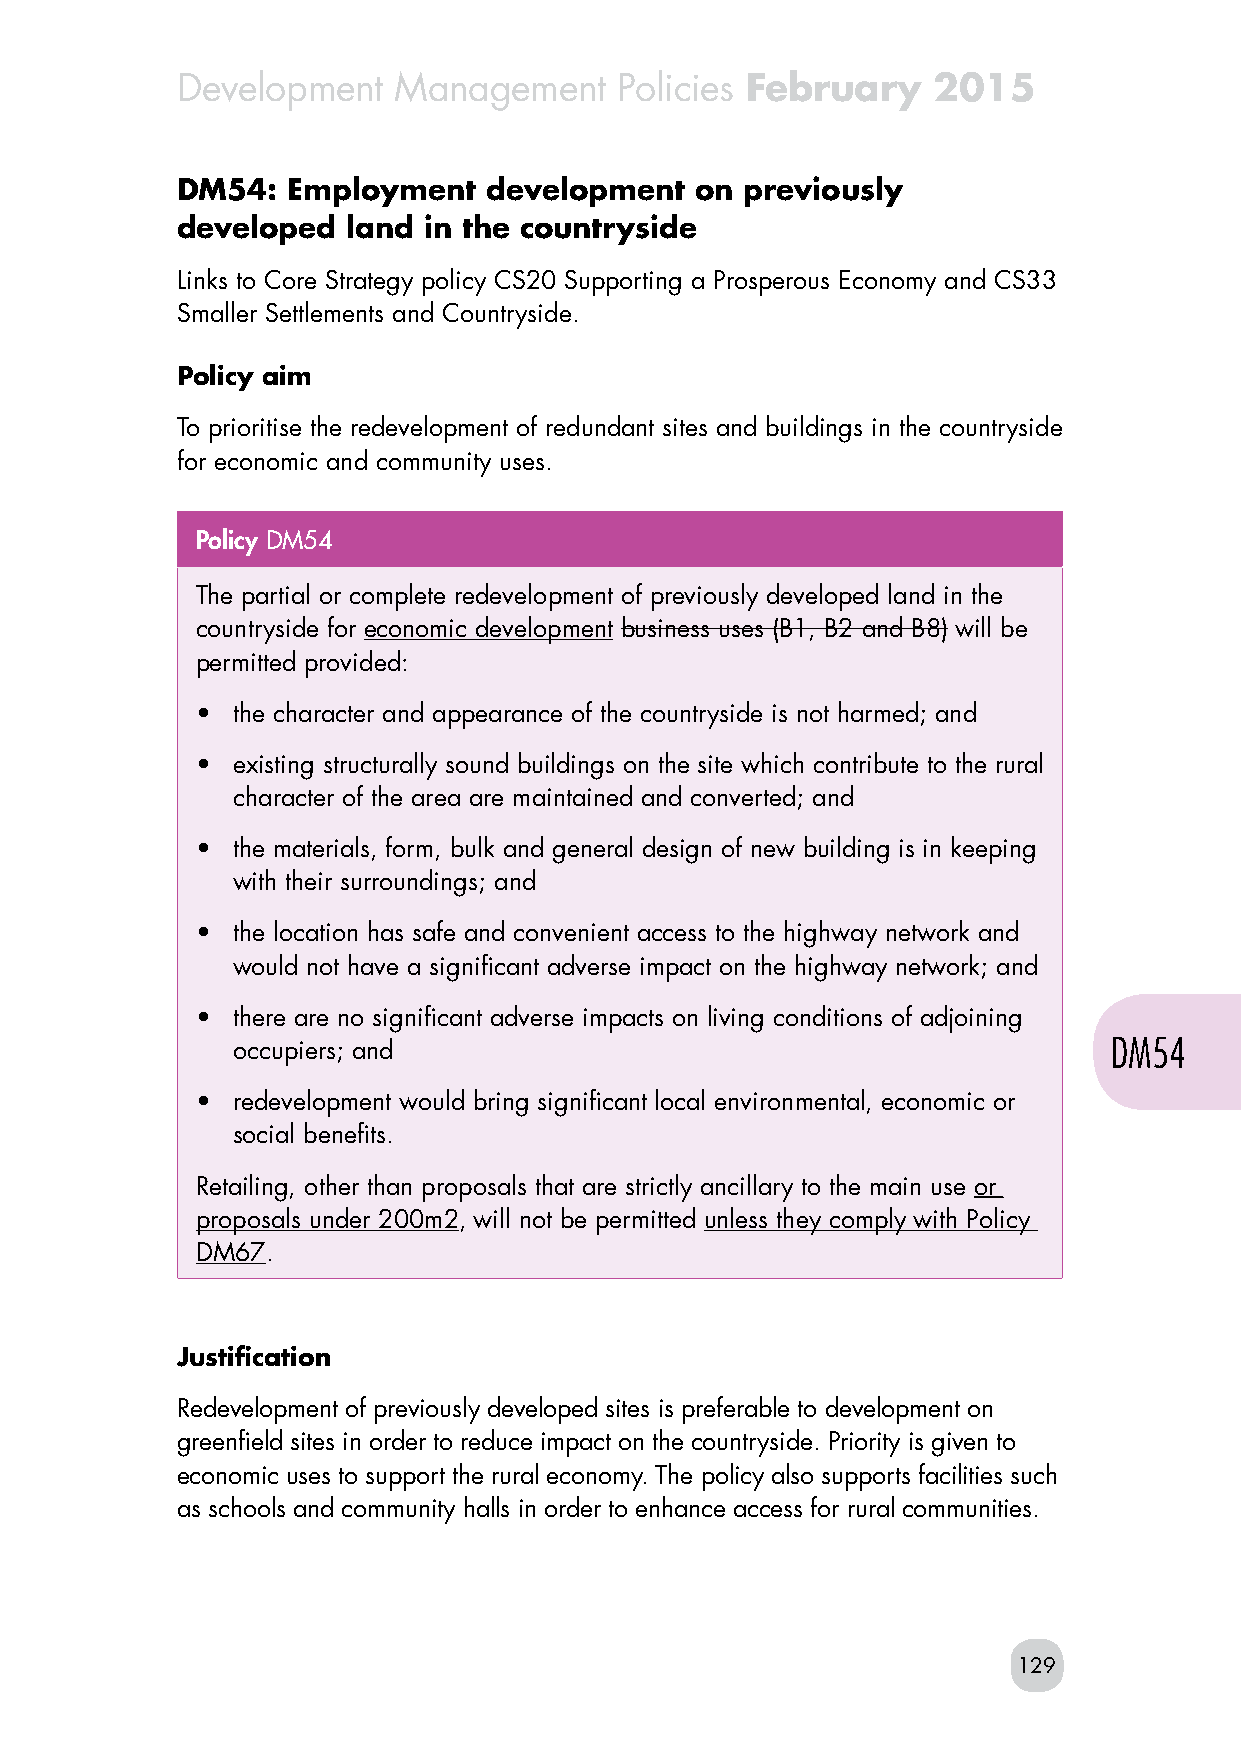
Development   Management     Policies February    2015
 DM54:  Employment   development   on previously
 developed  land in the countryside
 Links to Core Strategy policy CS20 Supporting a Prosperous Economy and CS33
 Smaller Settlements and Countryside.
 Policy aim
 To prioritise the redevelopment of redundant sites and buildings in the countryside
 for economic and community uses.
 Policy DM54
 The partial or complete redevelopment of previously developed land in the
 countryside for economic development business uses (B1, B2 and B8) will be
 permitted provided:
 • the character and appearance of the countryside is not harmed; and
 • existing structurally sound buildings on the site which contribute to the rural
 character of the area are maintained and converted; and
 • the materials, form, bulk and general design of new building is in keeping
 with their surroundings; and
 • the location has safe and convenient access to the highway network and
 would not have a significant adverse impact on the highway network; and
 • there are no significant adverse impacts on living conditions of adjoining
 occupiers; and                                             DM54
 • redevelopment would bring significant local environmental, economic or
 social benefits.
 Retailing, other than proposals that are strictly ancillary to the main use or
 proposals under 200m2, will not be permitted unless they comply with Policy
 DM67.
 Justification
 Redevelopment of previously developed sites is preferable to development on
 greenfield sites in order to reduce impact on the countryside. Priority is given to
 economic uses to support the rural economy. The policy also supports facilities such
 as schools and community halls in order to enhance access for rural communities.
 129